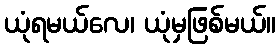
ယုံရမယ်လေ၊ ယုံမှဖြစ်မယ်။